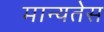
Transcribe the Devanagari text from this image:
मान्यतेस